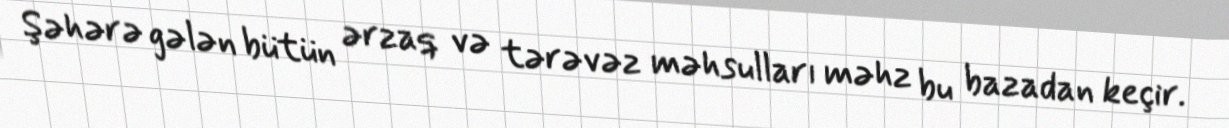
Şəhərə gələn bütün ərzaq və tərəvəz məhsulları məhz bu bazadan keçir.